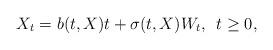
LaTeX: \begin{align*} X_t=b(t,X)t+\sigma(t,X)W_t, \,\,\,t\geq 0, \end{align*}